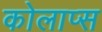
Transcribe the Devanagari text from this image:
कोलाप्स